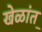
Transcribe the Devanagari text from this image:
खेळांत़